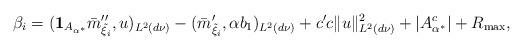
LaTeX: \begin{align*}\beta_i=(\mathbf 1_{A_{\alpha^*}}\bar{m}_{\tilde\xi_i}'',u)_{L^2(d\nu)}-(\bar{m}_{\tilde\xi_i}',\alpha b_1)_{L^2(d\nu)}+c' c\|u\|_{L^2(d\nu)}^2+|A_{\alpha^*}^c|+R_{\max},\end{align*}